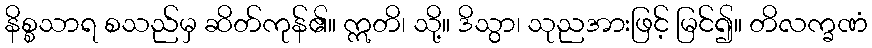
နိစ္စသာရ စသည်မှ ဆိတ်ကုန်၏။ ဣတိ၊ သို့။ ဒိသွာ၊ သုညအားဖြင့် မြင်၍။ တိလက္ခဏံ